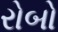
રોબો